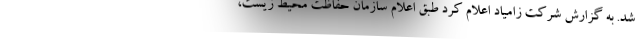
شد. به گزارش شرکت زامیاد اعلام کرد طبق اعلام سازمان حفاظت محيط زيست،